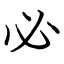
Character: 必